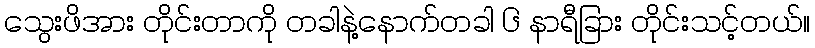
သွေးဖိအား တိုင်းတာကို တခါနဲ့နောက်တခါ ၆ နာရီခြား တိုင်းသင့်တယ်။